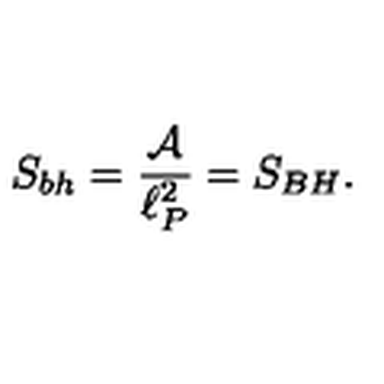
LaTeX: S _ { b h } = { \frac { \cal A } { \ell _ { P } ^ { 2 } } } = S _ { B H } .